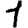
Digit: 1